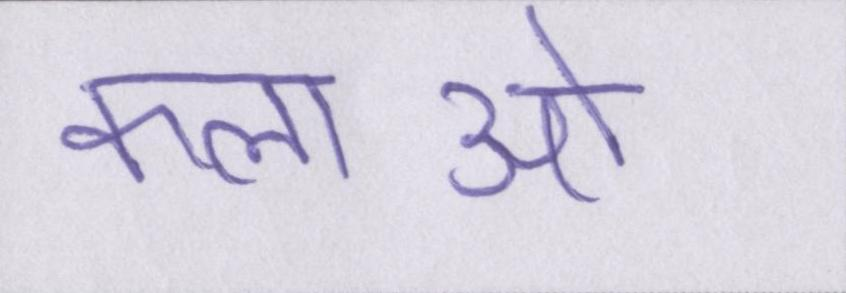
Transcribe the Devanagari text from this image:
कलाओ